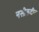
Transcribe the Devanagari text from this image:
नसीरूदीन